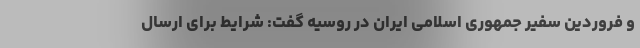
و فروردین سفیر جمهوری اسلامی ایران در روسیه گفت: شرایط برای ارسال